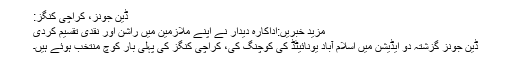
ڈین جونز، کراچی کنگز:
مزید خبریں:اداکارہ دیدار نے اپنے ملازمین میں راشن اور نقدی تقسیم کردی
ڈین جونز گزشتہ دو ایڈیشن میں اسلام آباد یونائیٹڈ کی کوچنگ کی، کراچی کنگز کی پہلی بار کوچ منتخب ہوئے ہیں۔